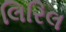
લિરિલ